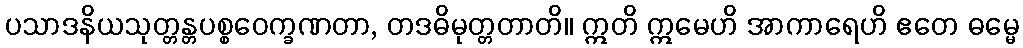
ပသာဒနိယသုတ္တန္တပစ္စဝေက္ခဏတာ, တဒဓိမုတ္တတာတိ။ ဣတိ ဣမေဟိ အာကာရေဟိ ဧတေ ဓမ္မေ